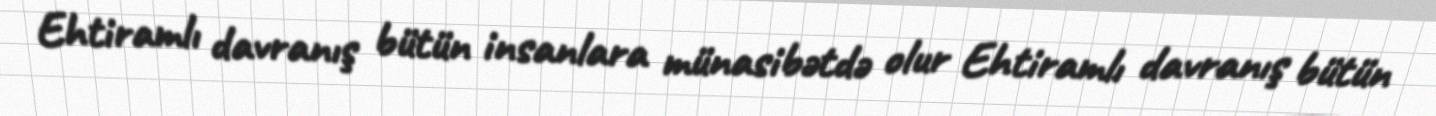
Ehtiramlı davranış bütün insanlara münasibətdə olur Ehtiramlı davranış bütün